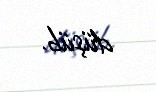
düşüb.